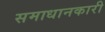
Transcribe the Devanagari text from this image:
समाधानकारी